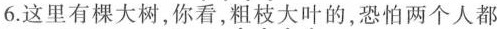
6.这里有棵大树，你看，粗枝大叶的，恐怕两个人都